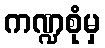
ကဏ္ဍစုံမှ